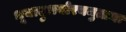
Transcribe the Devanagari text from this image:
भूयादुभयोरयमुत्तमः